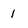
Character: 1